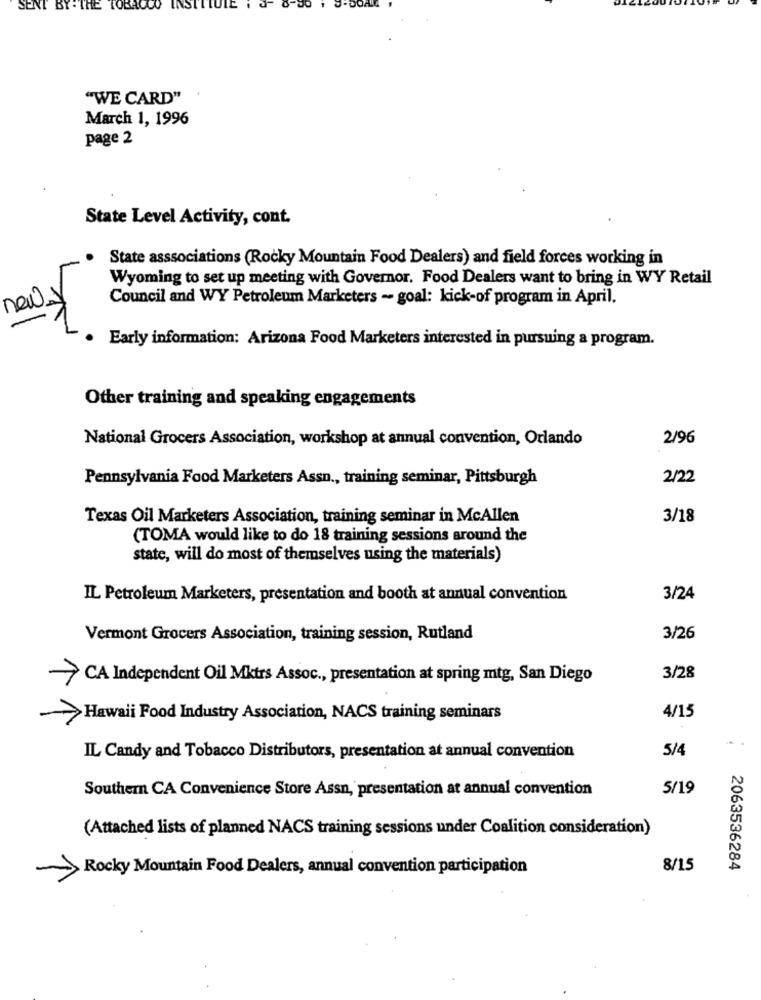
SENT BY -THE TOBACCO
INSTI
"WE CARD"
March 1, 1996
page 2
State Level Activity, cont.
State asssociations (Rocky Mountain Food Dealers) and field forces working in
Wyoming to set up meeting with Governor. Food Dealers want to bring in WY Retail
Council and WY Petroleum Marketers - goal: kick-of program in April.
new.
Early information: Arizona Food Marketers interested in pursuing a program.
Other training and speaking engagements
National Grocers Association, workshop at annual convention, Orlando
2/96
Pennsylvania Food Marketers Assn ., training seminar, Pittsburgh
2/22
Texas Oil Marketers Association, training seminar in McAllen
3/18
(TOMA would like to do 18 training sessions around the
state, will do most of themselves using the materials)
IL Petroleum Marketers, presentation and booth at annual convention
3/24
Vermont Grocers Association, training session, Rutland
3/26
CA Independent Oil Mktrs Assoc ., presentation at spring mtg, San Diego
3/28
4/15
Hawaii Food Industry Association, NACS training seminars
5/4
IL Candy and Tobacco Distributors, presentation at annual convention
Southern CA Convenience Store Assn, presentation at annual convention
5/19
(Attached lists of planned NACS training sessions under Coalition consideration)
Rocky Mountain Food Dealers, annual convention participation
8/15
2063536284